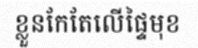
ខ្លួនកែតែលើផ្ទៃមុខ